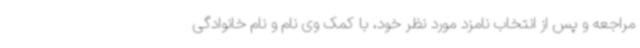
مراجعه و پس از انتخاب نامزد مورد نظر خود، با کمک وی نام و نام خانوادگی